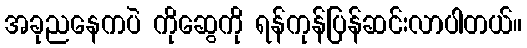
အခုညနေကပဲ ကိုဆွေကို ရန်ကုန်ပြန်ဆင်းလာပါတယ်။